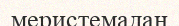
меристемадан